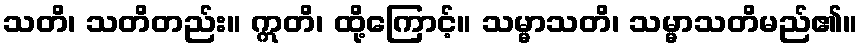
သတိ၊ သတိတည်း။ ဣတိ၊ ထို့ကြောင့်။ သမ္မာသတိ၊ သမ္မာသတိမည်၏။